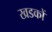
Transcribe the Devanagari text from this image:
खडकों